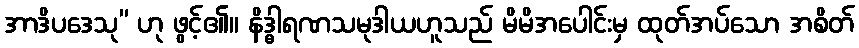
အာဒိပဒေသု” ဟု ဖွင့်၏။ နိဒ္ဓါရဏသမုဒါယဟူသည် မိမိအပေါင်းမှ ထုတ်အပ်သော အစိတ်